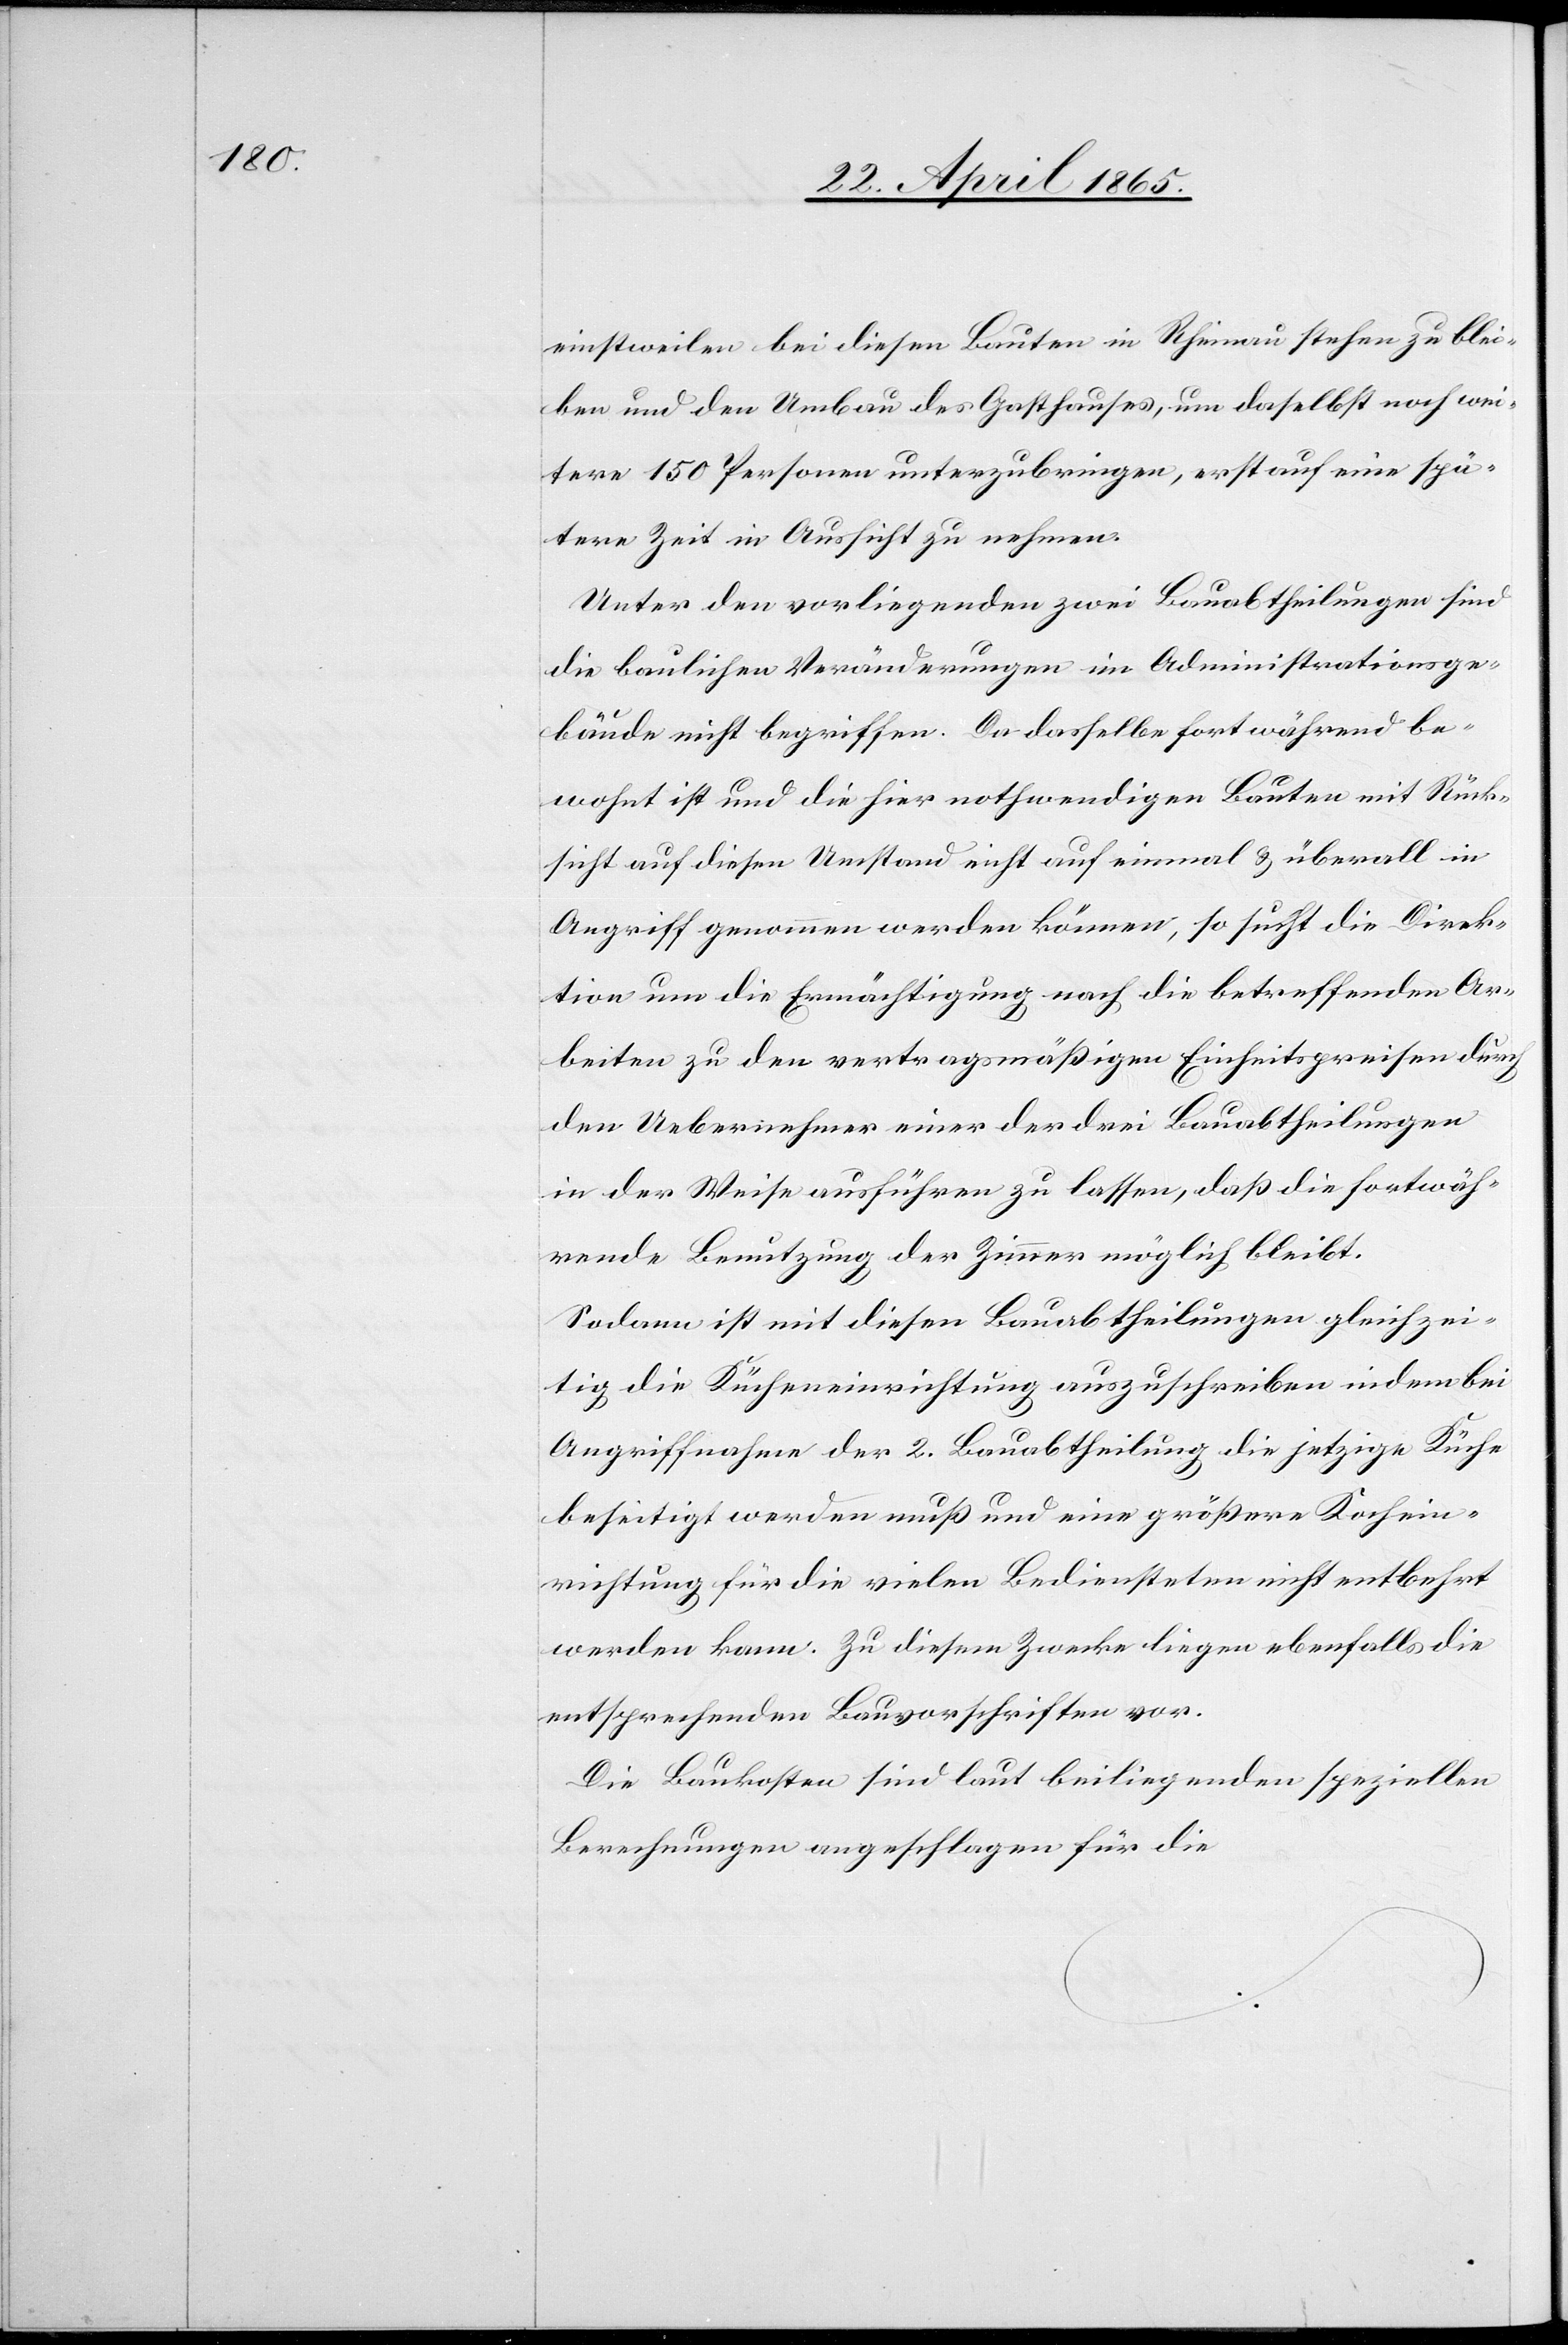
einstweilen bei diesen Bauten in Rheinau stehen zu blei¬
ben und den Umbau des Gasthauses, um daselbst noch wei¬
tere 150 Personen unterzubringen, erst auf eine spä¬
tere Zeit in Aussicht zu nehmen.
Unter den vorliegenden zwei Bauabtheilungen sind
die baulichen Veränderungen im Administrationsge¬
bäude nicht begriffen. Da dasselbe fortwährend be¬
wohnt ist und die hier nothwendigen Bauten mit Rück¬
sicht auf diesen Umstand nicht auf einmal & überall in
Angriff genommen werden können, so sucht die Direk¬
tion um die Ermächtigung nach die betreffenden Ar¬
beiten zu den vertragsmäßigen Einheitspreisen durch
den Uebernehmer einer der drei Bauabtheilungen
in der Weise ausführen zu lassen, daß die fortwäh¬
rende Benutzung der Zimmer möglich bleibt.
Sodann ist mit diesen Bauabtheilungen gleichzei¬
tig die Kücheneinrichtung auszuschreiben indem bei
Angriffnahme der 2. Bauabtheilung die jetzige Küche
beseitigt werden muß und eine größere Kochein¬
richtung für die vielen Bediensteten nicht entbehrt
werden kann. Zu diesem Zwecke liegen ebenfalls die
entsprechenden Bauvorschriften vor.
Die Baukosten sind laut beiliegenden speziellen
Berechnungen angeschlagen für die